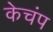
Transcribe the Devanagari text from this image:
केचंप